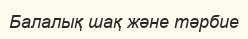
Балалық шақ және тәрбие